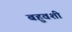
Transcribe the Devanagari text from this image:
बहुवशी